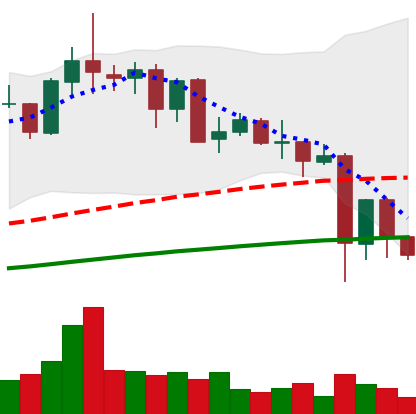
Ticker: NEO-USD
Chart end date: 2021-05-22
Forward return: 21.258%
Label: up_7plus